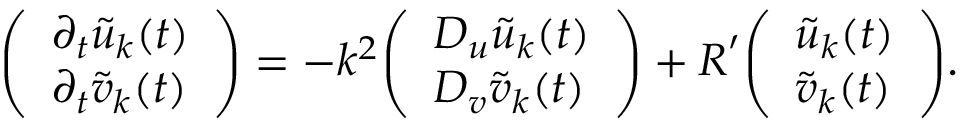
{ \left( \begin{array} { l } { \partial _ { t } { \tilde { u } } _ { \boldsymbol { k } } ( t ) } \\ { \partial _ { t } { \tilde { v } } _ { \boldsymbol { k } } ( t ) } \end{array} \right) } = - k ^ { 2 } { \left( \begin{array} { l } { D _ { u } { \tilde { u } } _ { \boldsymbol { k } } ( t ) } \\ { D _ { v } { \tilde { v } } _ { \boldsymbol { k } } ( t ) } \end{array} \right) } + { \boldsymbol { R } } ^ { \prime } { \left( \begin{array} { l } { { \tilde { u } } _ { \boldsymbol { k } } ( t ) } \\ { { \tilde { v } } _ { \boldsymbol { k } } ( t ) } \end{array} \right) } .